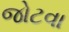
જોટવા